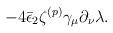
LaTeX: \begin{align*}- 4 \bar\epsilon_2 \zeta^{(p)} \gamma_\mu \partial_\nu \lambda.\end{align*}